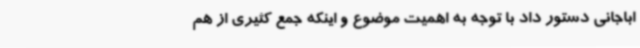
اباجانی دستور داد با توجه به اهمیت موضوع و اینکه جمع کثیری از هم